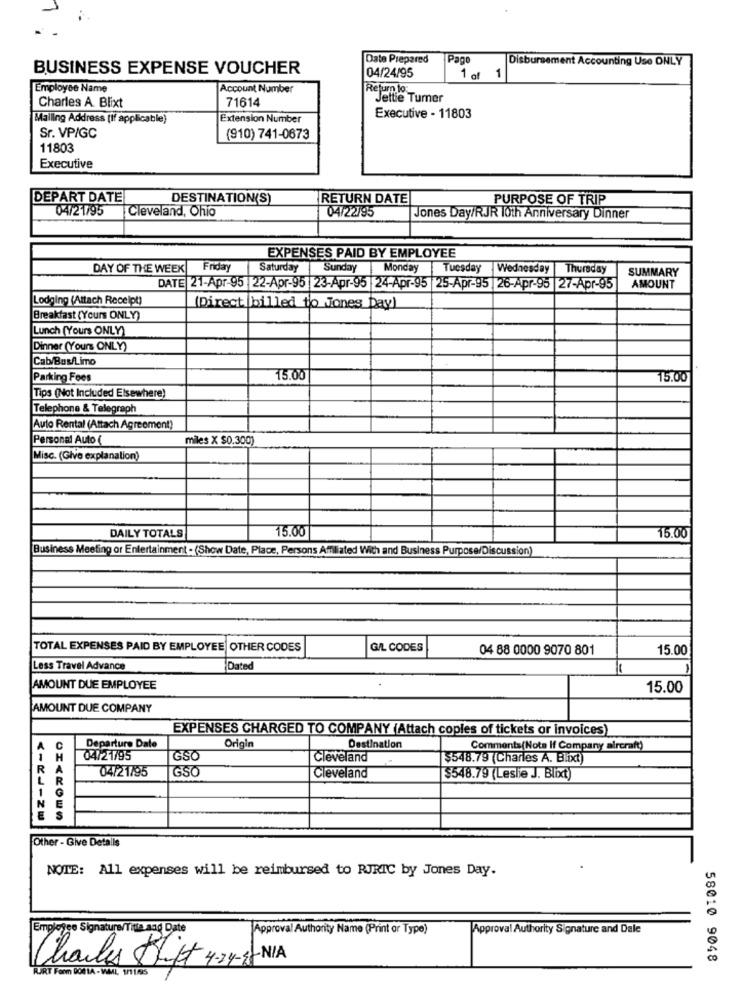
Date Prepared
Pago
Disbursement Accounting Use ONLY
BUSINESS EXPENSE VOUCHER
04/24/95
1 of 1
Employee Name
Account Number
Return to:
71614
Jette Turner
Charles A. Blixt
Mailing Address [If applicable)
Extension Number
Executive - 11803
Sr. VP/GC
(910) 741-0673
11803
Executive
DEPART DATE!
DESTINATION(S)
RETURN DATE
PURPOSE OF TRIP
04/21795
Cleveland, Ohio
04/22/95
Jones Day/RJR 10th Anniversary Dinner
EXPENSES PAID BY EMPLOYEE
DAY OF THE WEEK
Friday
Saturday
Sunday |Monday |Tuesday Wednesday Thursday
SUMMARY
DATE 21-Apr-95 |22-Apr-95 23-Apr-95 |24-Apr-95 |25-Apr-95 26-Apr-95 |27-Apr-95
AMOUNT
Lodging (Attach Receipt)
(Direct billed to Jones Day)
Breakfast (Yours ONLY)
Lunch (Yours ONLY)
Dinner (Yours ONLY)
Cab/Bus/Limo
Parking Fees
15.00
15.00
Tips (Not Included Elsewhere)
Telephone & Telegraph
Auto Rental (Attach Agreement)
Personal Auto (
miles X $0.300)
Misc. (Give explanation)
15.00
DAILY TOTALS
15.00
Business Meeting or Entertainment . (Show Date, Place, Persons Affiliated With and Business Purpose/Discussion)
TOTAL EXPENSES PAID BY EMPLOYEE OTHER CODES
G/L CODES
04 88 0000 9070 801
15.00
Less Travel Advance
Dated
AMOUNT DUE EMPLOYEE
15.00
AMOUNT DUE COMPANY
EXPENSES CHARGED TO COMPANY (Attach copies of tickets or invoices)
A
Departure Date
Origin
Destination
Comments(Nota If Company aircraft)
04/21/95
GSC
Cleveland
$548.79 (Charles A. Blixct)
R
04/21/95
GSO
Cleveland
$548.79 (Leshe J. Blixt)
1
Other - Give Detalls
NOTE: All expenses will be reimbursed to RJRIC by Jones Day.
Employee Signature/Title and Date
Approval Authority Name (Print or Type)
Approval Authority Signature and Dale
Charles Stift 4-24-1 NIA
58010 9048
KURT Form DORIA - W